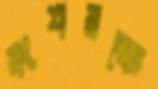
বংশরক্ষে